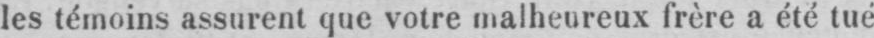
les témoins assurent que votre malheureux frère a été tué